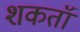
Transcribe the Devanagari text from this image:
शकतॉ